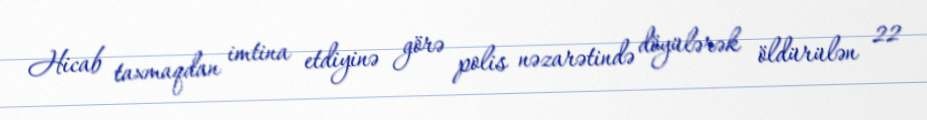
Hicab taxmaqdan imtina etdiyinə görə polis nəzarətində döyülərək öldürülən 22